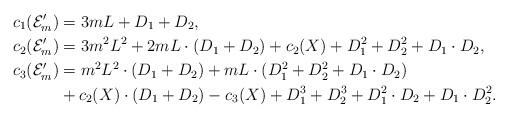
LaTeX: \begin{align*}c_1(\mathcal E_m')&=3mL+D_1+D_2,\\c_2(\mathcal E_m')&=3m^2L^2+2mL\cdot (D_1+D_2)+c_2(X) + D_1^2 + D_2^2 + D_1\cdot D_2,\\c_3(\mathcal E_m')&=m^2L^2\cdot (D_1+D_2)+m L \cdot (D_1^2+D_2^2+D_1\cdot D_2)\\&+c_2(X)\cdot (D_1+D_2)-c_3(X) + D_1^3 + D_2^3 + D_1^2\cdot D_2 + D_1\cdot D_2^2. \end{align*}